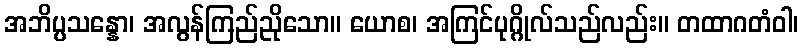
အဘိပ္ပသန္နော၊ အလွန်ကြည်ညိုသော။ ယောစ၊ အကြင်ပုဂ္ဂိုလ်သည်လည်း။ တထာဂတံဝါ၊